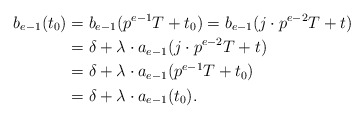
\begin{align*}b_{e-1}(t_0)&=b_{e-1}(p^{e-1}T+t_0)=b_{e-1}(j\cdot p^{e-2}T+t)\\&=\delta+\lambda\cdot a_{e-1}(j\cdot p^{e-2}T+t)\\&=\delta+\lambda\cdot a_{e-1}(p^{e-1}T+t_0)\\&=\delta+\lambda\cdot a_{e-1}(t_0).\end{align*}